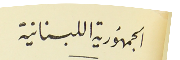
الجمهُورية اللبنانية